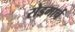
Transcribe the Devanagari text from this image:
रोडमार्च